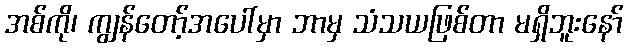
အစ်ကို၊ ကျွန်တော့်အပေါ်မှာ ဘာမှ သံသယဖြစ်တာ မရှိဘူးနော်